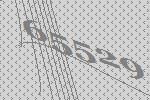
65529